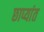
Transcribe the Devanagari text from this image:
छाप्यांत